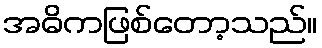
အဓိကဖြစ်တော့သည်။